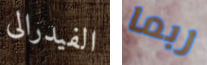
الفيدرالى ربما